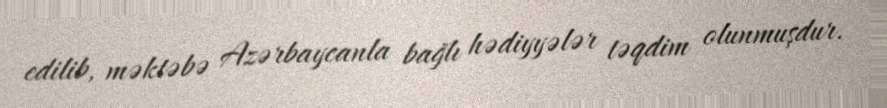
edilib, məktəbə Azərbaycanla bağlı hədiyyələr təqdim olunmuşdur.